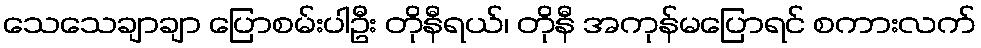
သေသေချာချာ ပြောစမ်းပါဦး တိုနီရယ်၊ တိုနီ အကုန်မပြောရင် စကားလက်